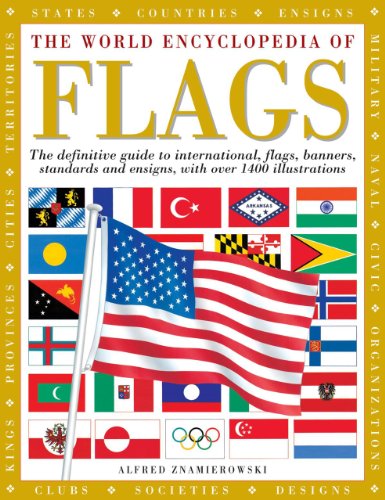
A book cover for The World Encyclopedia of Flags: The definitive guide to international flags, banners, standards and ensigns, with over 400 illustrations; Alfred Znamierowski; Reference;